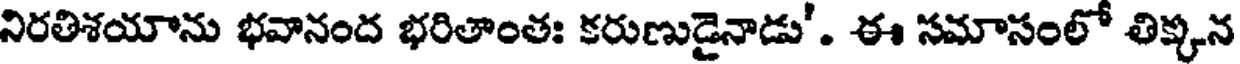
నిరతిశయాను భవానంద భరితాంతః కరుణుడైనాడు'. ఈ సమాసంలో తిక్కన